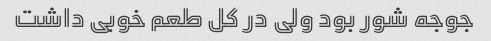
جوجه شور بود ولی در کل طعم خوبی داشت